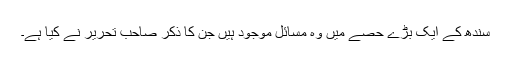
سندھ کے ایک بڑے حصے میں وہ مسائل موجود ہیں جن کا ذکر صاحب تحریر نے کیا ہے۔